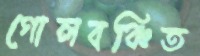
গোলবঞ্চিত